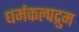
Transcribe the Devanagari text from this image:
धर्मकल्पद्रुम